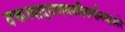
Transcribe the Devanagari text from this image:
वक्तव्यादानगमनविसर्गानन्दात्मने